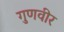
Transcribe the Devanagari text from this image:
गुणवीर